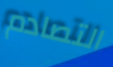
التصادم